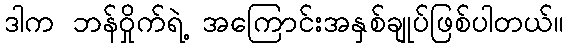
ဒါက ဘန်ဝှိုက်ရဲ့ အကြောင်းအနှစ်ချုပ်ဖြစ်ပါတယ်။